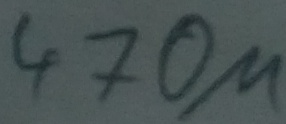
Text: 470µ